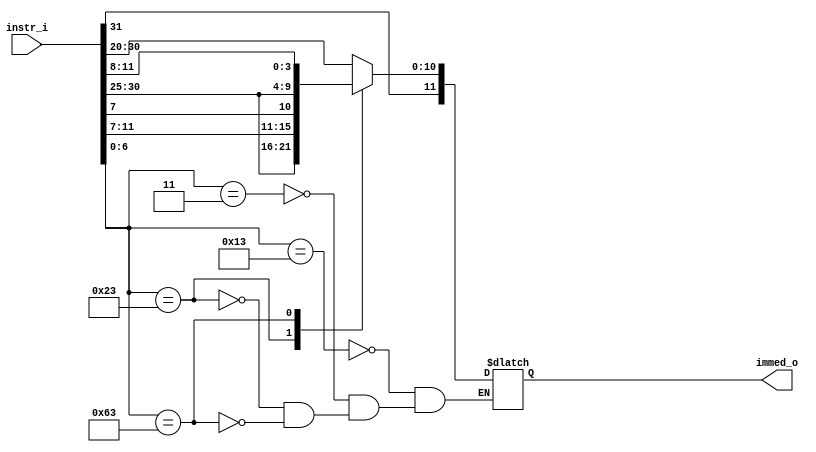
`define I_TYPE_ALU 7'b0010011
`define I_TYPE_LW 7'b0000011 // lw
`define S_TYPE 7'b0100011 // sw
`define SB_TYPE 7'b1100011 // beq

module Imm_Gen(instr_i, immed_o);

    input [31:0] instr_i;
    output reg [11:0] immed_o;

    always @*
    case(instr_i[6:0])
    `I_TYPE_ALU:
        immed_o <= instr_i[31:20];
    `I_TYPE_LW:
        immed_o <= instr_i[31:20];
    `S_TYPE:
        immed_o <= {instr_i[31:25], instr_i[11:7]};
    `SB_TYPE:
        immed_o <= {instr_i[31], instr_i[7], instr_i[30:25], instr_i[11:8]};
    endcase

endmodule